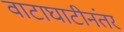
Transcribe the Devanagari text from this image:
वाटाघाटीनंतर